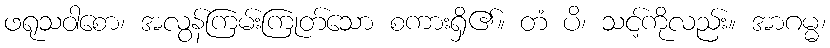
ဖရုသဝါစော၊ အလွန်ကြမ်းကြုတ်သော စကားရှိ၏။ တံ ပိ၊ သင့်ကိုလည်း။ အာဂမ္မ၊